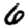
Digit: 6